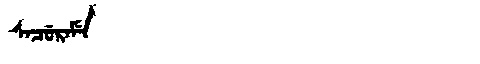
Manchu: ᠰᠠᠴᡠᡵᠠᠮᡝ
Romanization: SACURAME